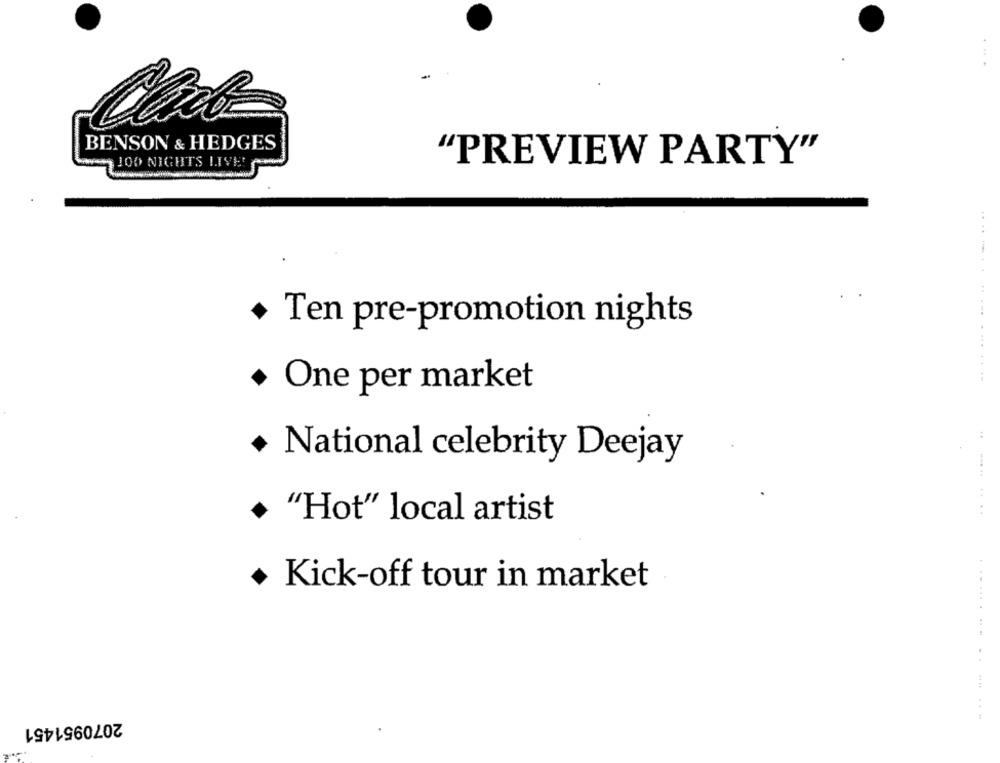
BENSON & HEDGES
"PREVIEW PARTY"
JOO NIGHTS LIVE!
+ Ten pre-promotion nights
........ ..... .... ..--
· One per market
:
+ National celebrity Deejay
.. ..
+ "Hot" local artist
· Kick-off tour in market
..........
2070951451